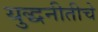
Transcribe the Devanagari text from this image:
युद्धनीतीचे